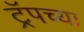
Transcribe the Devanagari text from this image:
ट्रॅपच्या